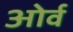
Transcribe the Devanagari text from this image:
ओर्व